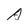
Character: A